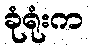
ခုံရုံးက